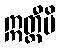
ဣတ္ထီပိ